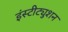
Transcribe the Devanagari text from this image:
इंस्टीट्युशन